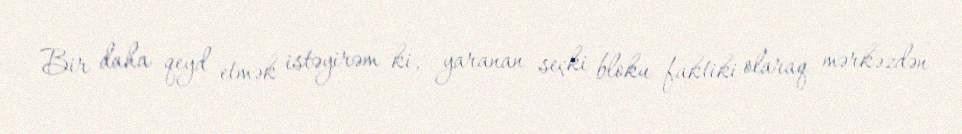
Bir daha qeyd etmək istəyirəm ki, yaranan seçki bloku faktiki olaraq mərkəzdən